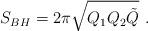
LaTeX: \begin{align*}S_{BH}= 2\pi\sqrt{Q_1Q_2\tilde Q} \ .\end{align*}